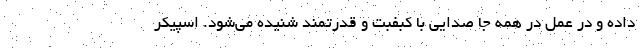
داده و در عمل در همه جا صدایی با کبفبت و قدرتمند شنیده می‌شود. اسپیکر